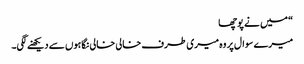
“ میں نے پوچھا
میرے سوال پر وہ میری طرف خالی خالی نگاہوں سے دیکھنے لگی۔